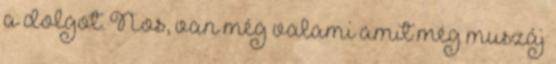
a dolgot. Nos, van még valami amit még muszáj